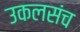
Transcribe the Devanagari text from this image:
उकलसंच